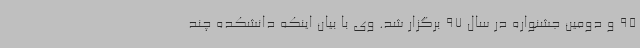
95 و دومین جشنواره در سال 97 برگزار شد. وی با بیان اینکه دانشکده چند